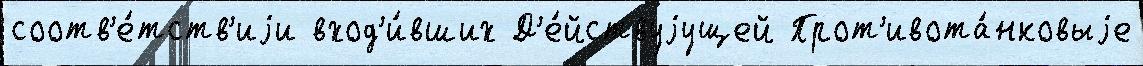
соотв'е́тств'иjи вход'и́вших Д'е́йствуjущей Прот'ивота́нковыjе